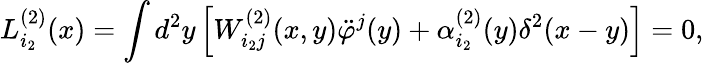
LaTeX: L_{i_{2}}^{(2)}(x)=\int d^{2}y\left[W_{i_{2}j}^{(2)}(x,y)\ddot{\varphi}^{j}(y)+\alpha_{i_{2}}^{(2)}(y)\delta^{2}(x-y)\right]=0,